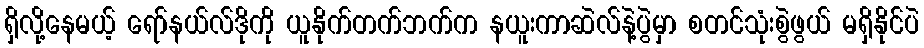
ရှိလို့နေမယ့် ရော်နယ်လ်ဒိုကို ယူနိုက်တက်ဘက်က နယူးကာဆဲလ်နဲ့ပွဲမှာ စတင်သုံးစွဲဖွယ် မရှိနိုင်ပဲ